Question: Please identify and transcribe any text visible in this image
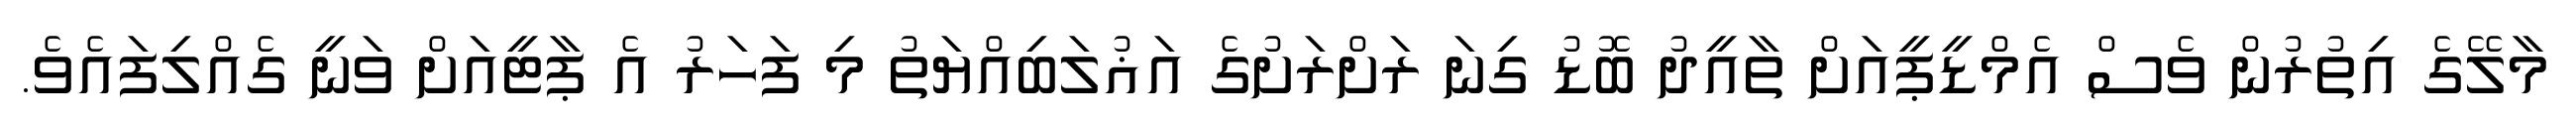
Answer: މާލޭގެ އިތުރުން ވެސް އެމްޑީޕީއަށް ތާއީދު ބޮޑު ގިނަ ރަށްރަށުގެ އަޣުލަބިއްޔަތު މި ފަހަރު އެ ޕާޓީއަށް ވަނީ ގެއްލިފައެވެ.